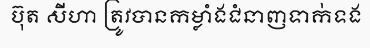
ប៊ុត សីហា ត្រូវបានកម្លាំងជំនាញទាក់ទង